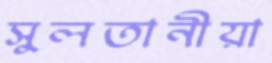
সুলতানীয়া